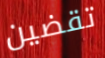
تقضين